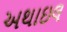
અથાઇલ